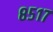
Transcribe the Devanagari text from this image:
८५१७